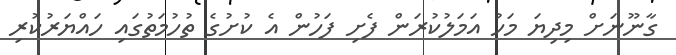
ގާނޫނަށް މިދިޔަ މަހު އަމަލުކުރަން ފެށި ފަހުން އެ ކުށުގެ ތުހުމަތުގައި ހައްޔަރުކުރި